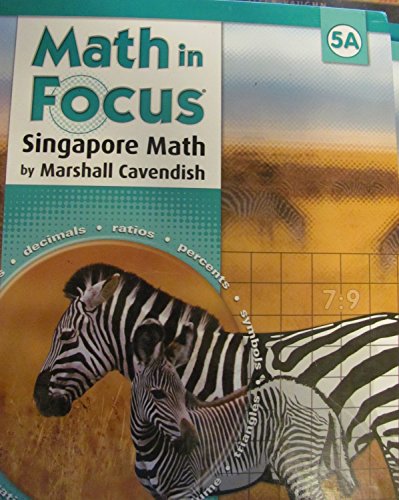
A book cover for Math in Focus: Singapore Math: Student Edition; Dr. Fong Ho Kheong; Education & Teaching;